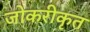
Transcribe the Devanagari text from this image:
जोकरीकृत